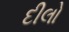
દીલો